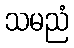
သမညံ